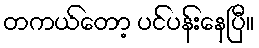
တကယ်တော့ ပင်ပန်းနေပြီ။